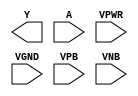
module sky130_fd_sc_ls__clkdlyinv5sd2 (
    Y   ,
    A   ,
    VPWR,
    VGND,
    VPB ,
    VNB
);

    output Y   ;
    input  A   ;
    input  VPWR;
    input  VGND;
    input  VPB ;
    input  VNB ;
endmodule